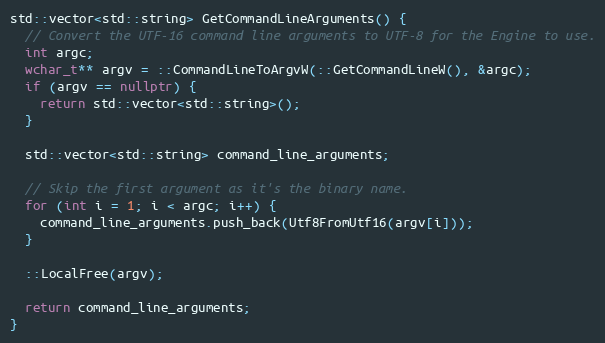
Language: C++
std::vector<std::string> GetCommandLineArguments() {
  // Convert the UTF-16 command line arguments to UTF-8 for the Engine to use.
  int argc;
  wchar_t** argv = ::CommandLineToArgvW(::GetCommandLineW(), &argc);
  if (argv == nullptr) {
    return std::vector<std::string>();
  }

  std::vector<std::string> command_line_arguments;

  // Skip the first argument as it's the binary name.
  for (int i = 1; i < argc; i++) {
    command_line_arguments.push_back(Utf8FromUtf16(argv[i]));
  }

  ::LocalFree(argv);

  return command_line_arguments;
}